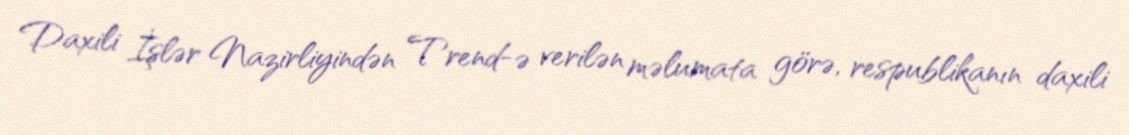
Daxili İşlər Nazirliyindən Trend-ə verilən məlumata görə, respublikanın daxili